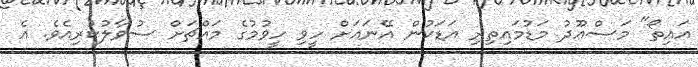
އައިތޯ" މަސްޢޫދު މަޑުމައިތިރި އަޑަކުން އޭނައަށް ހީވި ހީވުމުގެ މައްޗަށް ސުވާލުކުރިއެވެ. އެ